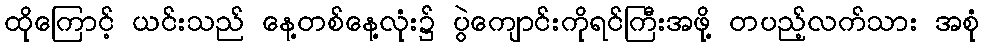
ထိုကြောင့် ယင်းသည် နေ့တစ်နေ့လုံး၌ ပွဲကျောင်းကိုရင်ကြီးအဖို့ တပည့်လက်သား အစုံ